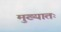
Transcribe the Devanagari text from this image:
मुख्यातः